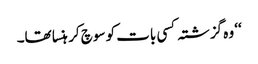
‘‘ وہ گزشتہ کسی بات کو سوچ کر ہنسا تھا۔